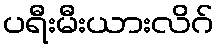
ပရီးမီးယားလိဂ်